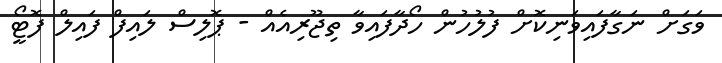
ވަގަށް ނަގާފައިވަނިކޮށް ފުލުހުން ހޯދާފައިވާ ތިޖޫރިއެއް - ޕޮލިސް ލައިފް ފައިލް ފޮޓޯީ